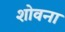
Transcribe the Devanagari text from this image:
शोवना